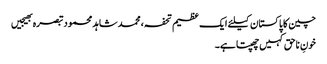
چین کا پاکستان کیلئے ایک عظیم تحفہ، محمد شاہد محمودتبصرہ بھیجیں
خونِ ناحق کہیں چھپتاہے۔